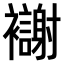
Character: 𫌗